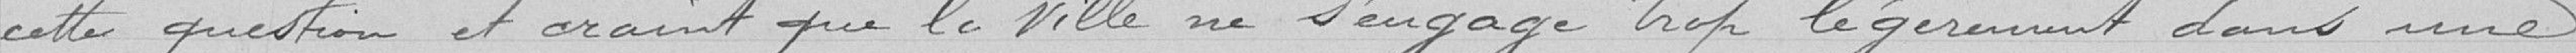
cette question et craint que la Ville ne s'engage trop légèrement dans une